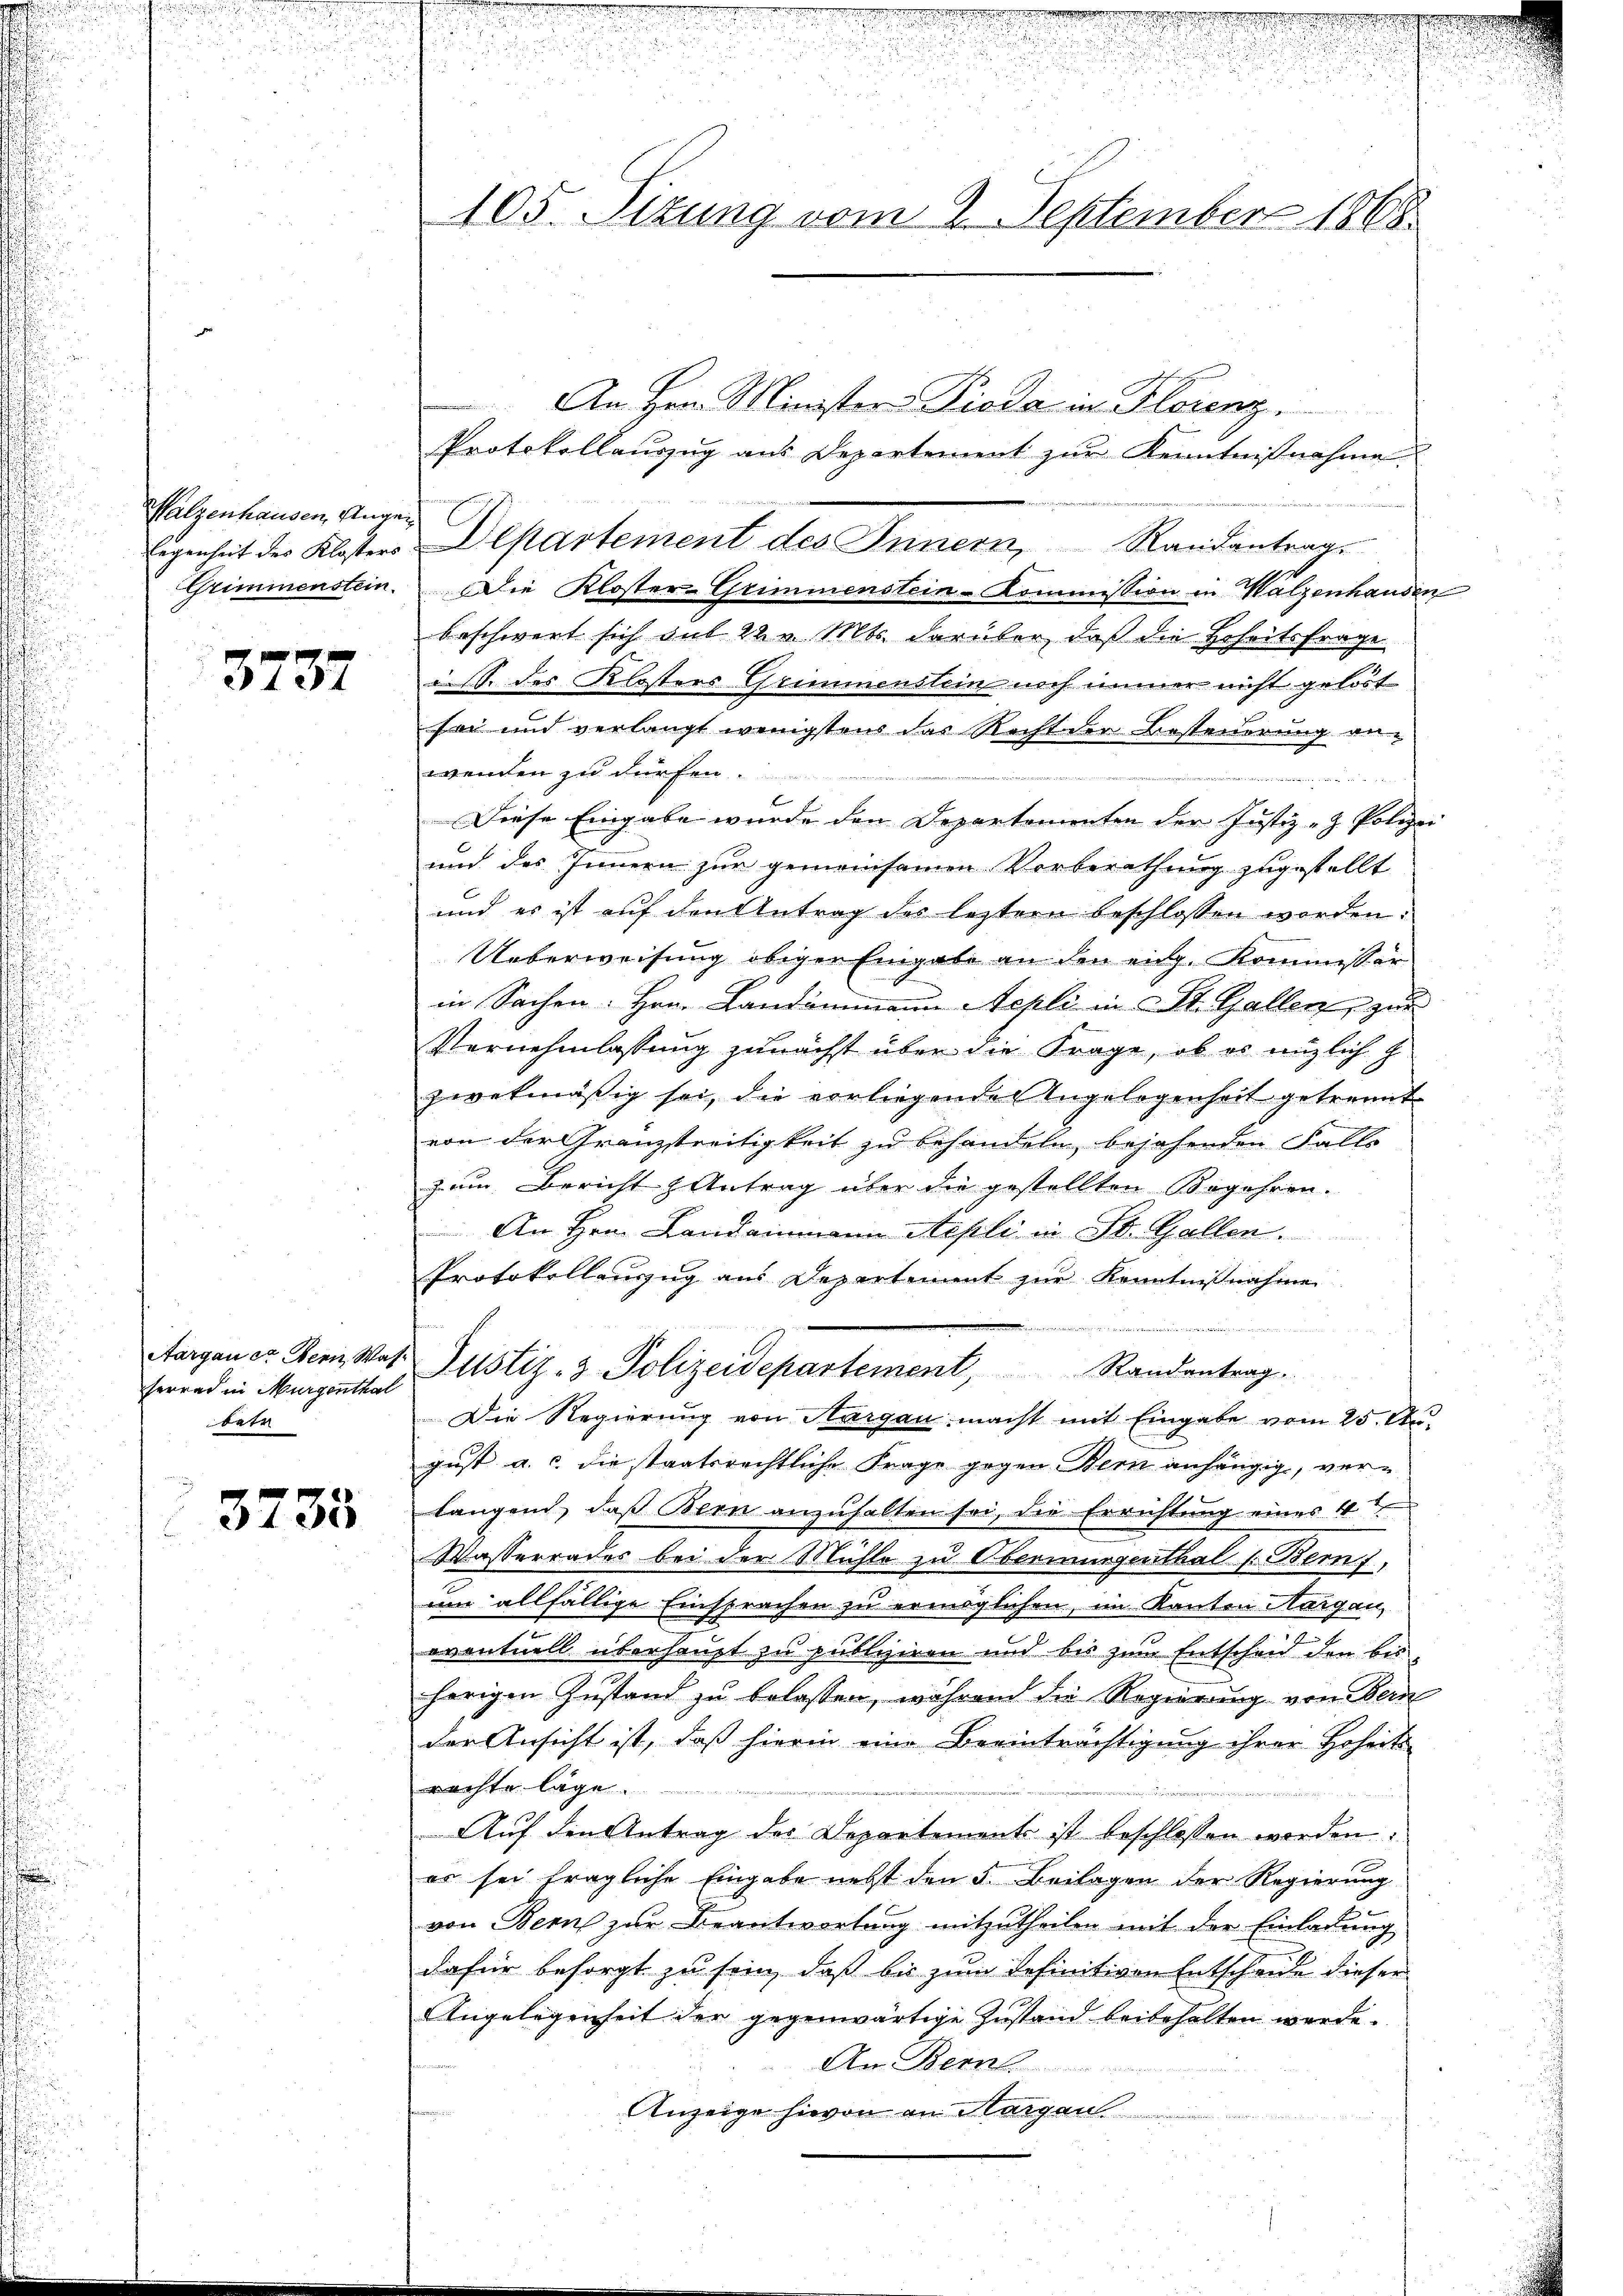
Malzenhausen, Ungen
legenheit der Klosters
Grimmenstein.

3737

serrad in Murgenthal
betr

3735

105. Sitzung vom 2. September 1868

An Herr Ministere Pioda in Florenz
Protokollauszug aus Departement zur Kenntnißnahme
DDepartement des Innern, Randantrag.
Die Kloster-Grimmenstein-Kommission in Walzenhausen
beschwert sich mit 22 v. Mts. darüber, daß die Beseitsfrage
S. des Klosters Grimmenstein noch immer nicht gelöst
sei und verlangt wenigstens das Recht der Besteuerung an-
wenden zu dürfen.

Diese Eingabe wurde den Departementen der Justiz- & Polize
und des Innern zur gemeinsamen Vorberathung zugestellt
und es ist auf den Antrag der letztern beschlossen worden.
Ueberweisung obiger Eingabe an den eidg. Kommissär
in Sachen. Hrn. Landammann Aepli in St. Gallen, zur
Vernehmlassung zunächst über die Frage, ob es nützlich g
zwekmäßig sei, die vorliegenden Angelegenheit getrennt
von der Granzstreitigkeit zu behandeln bejahenden Falls
zum Bericht & Antrag über die gestellten Begehren.
An Hrn. Landammann Nepli in St. Gallen.
Protokollanzug aus Departement zur Kenntnißnahme
.
 245
Aargauer Bern Wat. Justiz- & Polizeidepartement, Randantrag.
Die Regierung von Aargau macht mit Eingabe vom 25. August a. c. die staatsrechtliche Frage gegen Bern anhängig, verlangend, daß Bern anzuhalten sei, die Errichtung eines 4t
Wasserrades bei der Mühle zu Obermungenthal (Bern,
um allfällige Einsprachen zu ermöglichen, im Kanton Aargau,
eventuell überhaupt zu publiziren und bis zum Entscheid den bis
herigen Zustand zu belassen, während die Regierung von Bern
der Ansicht ist, daß hierin eine Beeinträchtigung ihrer Hoheits
rachte läge.
Auf den Antrag der Departements ist beschlossen worden.
er sei fragliche Eingabe nebst den 5. Beilagen der Regierung
von Bern zur Beantwortung mitzutheilen mit der Einladung
dafür besorgt zu sein, daß bis zum Tefinitiven Entscheide dieser
Angelegenheit der gegenwärtige Zustand beibehalten werde.
An Bern.
Anzeige hievon an Margau

n

.